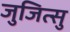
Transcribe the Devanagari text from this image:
जुजित्सु